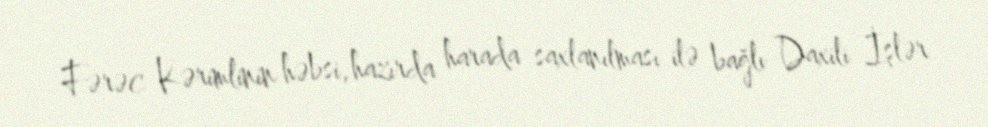
Fərəc Kərimlinin həbsi, hazırda harada saxlanılması ilə bağlı Daxili İşlər